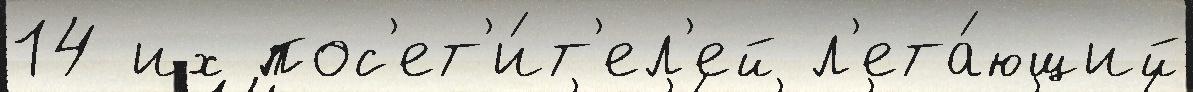
14 их пос'ет'и́т'ел'ей л'ета́ющий